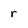
Character: r